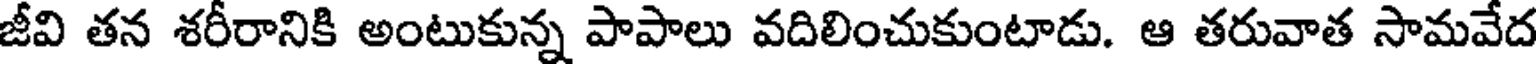
జీవి తన శరీరానికి అంటుకున్న పాపాలు వదిలించుకుంటాడు. ఆ తరువాత సామవేద